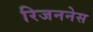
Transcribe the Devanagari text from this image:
रिजननेस